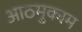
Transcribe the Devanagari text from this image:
आठमुकाम